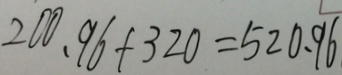
2 0 0 . 9 6 + 3 2 0 = 5 2 0 . 9 6